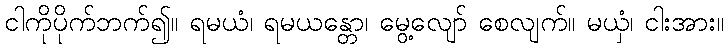
ငါကိုပိုက်ဘက်၍။ ရမယံ၊ ရမယန္တော၊ မွေ့လျော် စေလျက်။ မယှံ၊ ငါးအား။